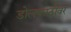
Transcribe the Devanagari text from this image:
डोलकाठीवर